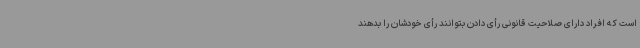
است که افراد دارای صلاحیت قانونی رأی دادن بتوانند رأی خودشان را بدهند